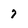
Character: 7